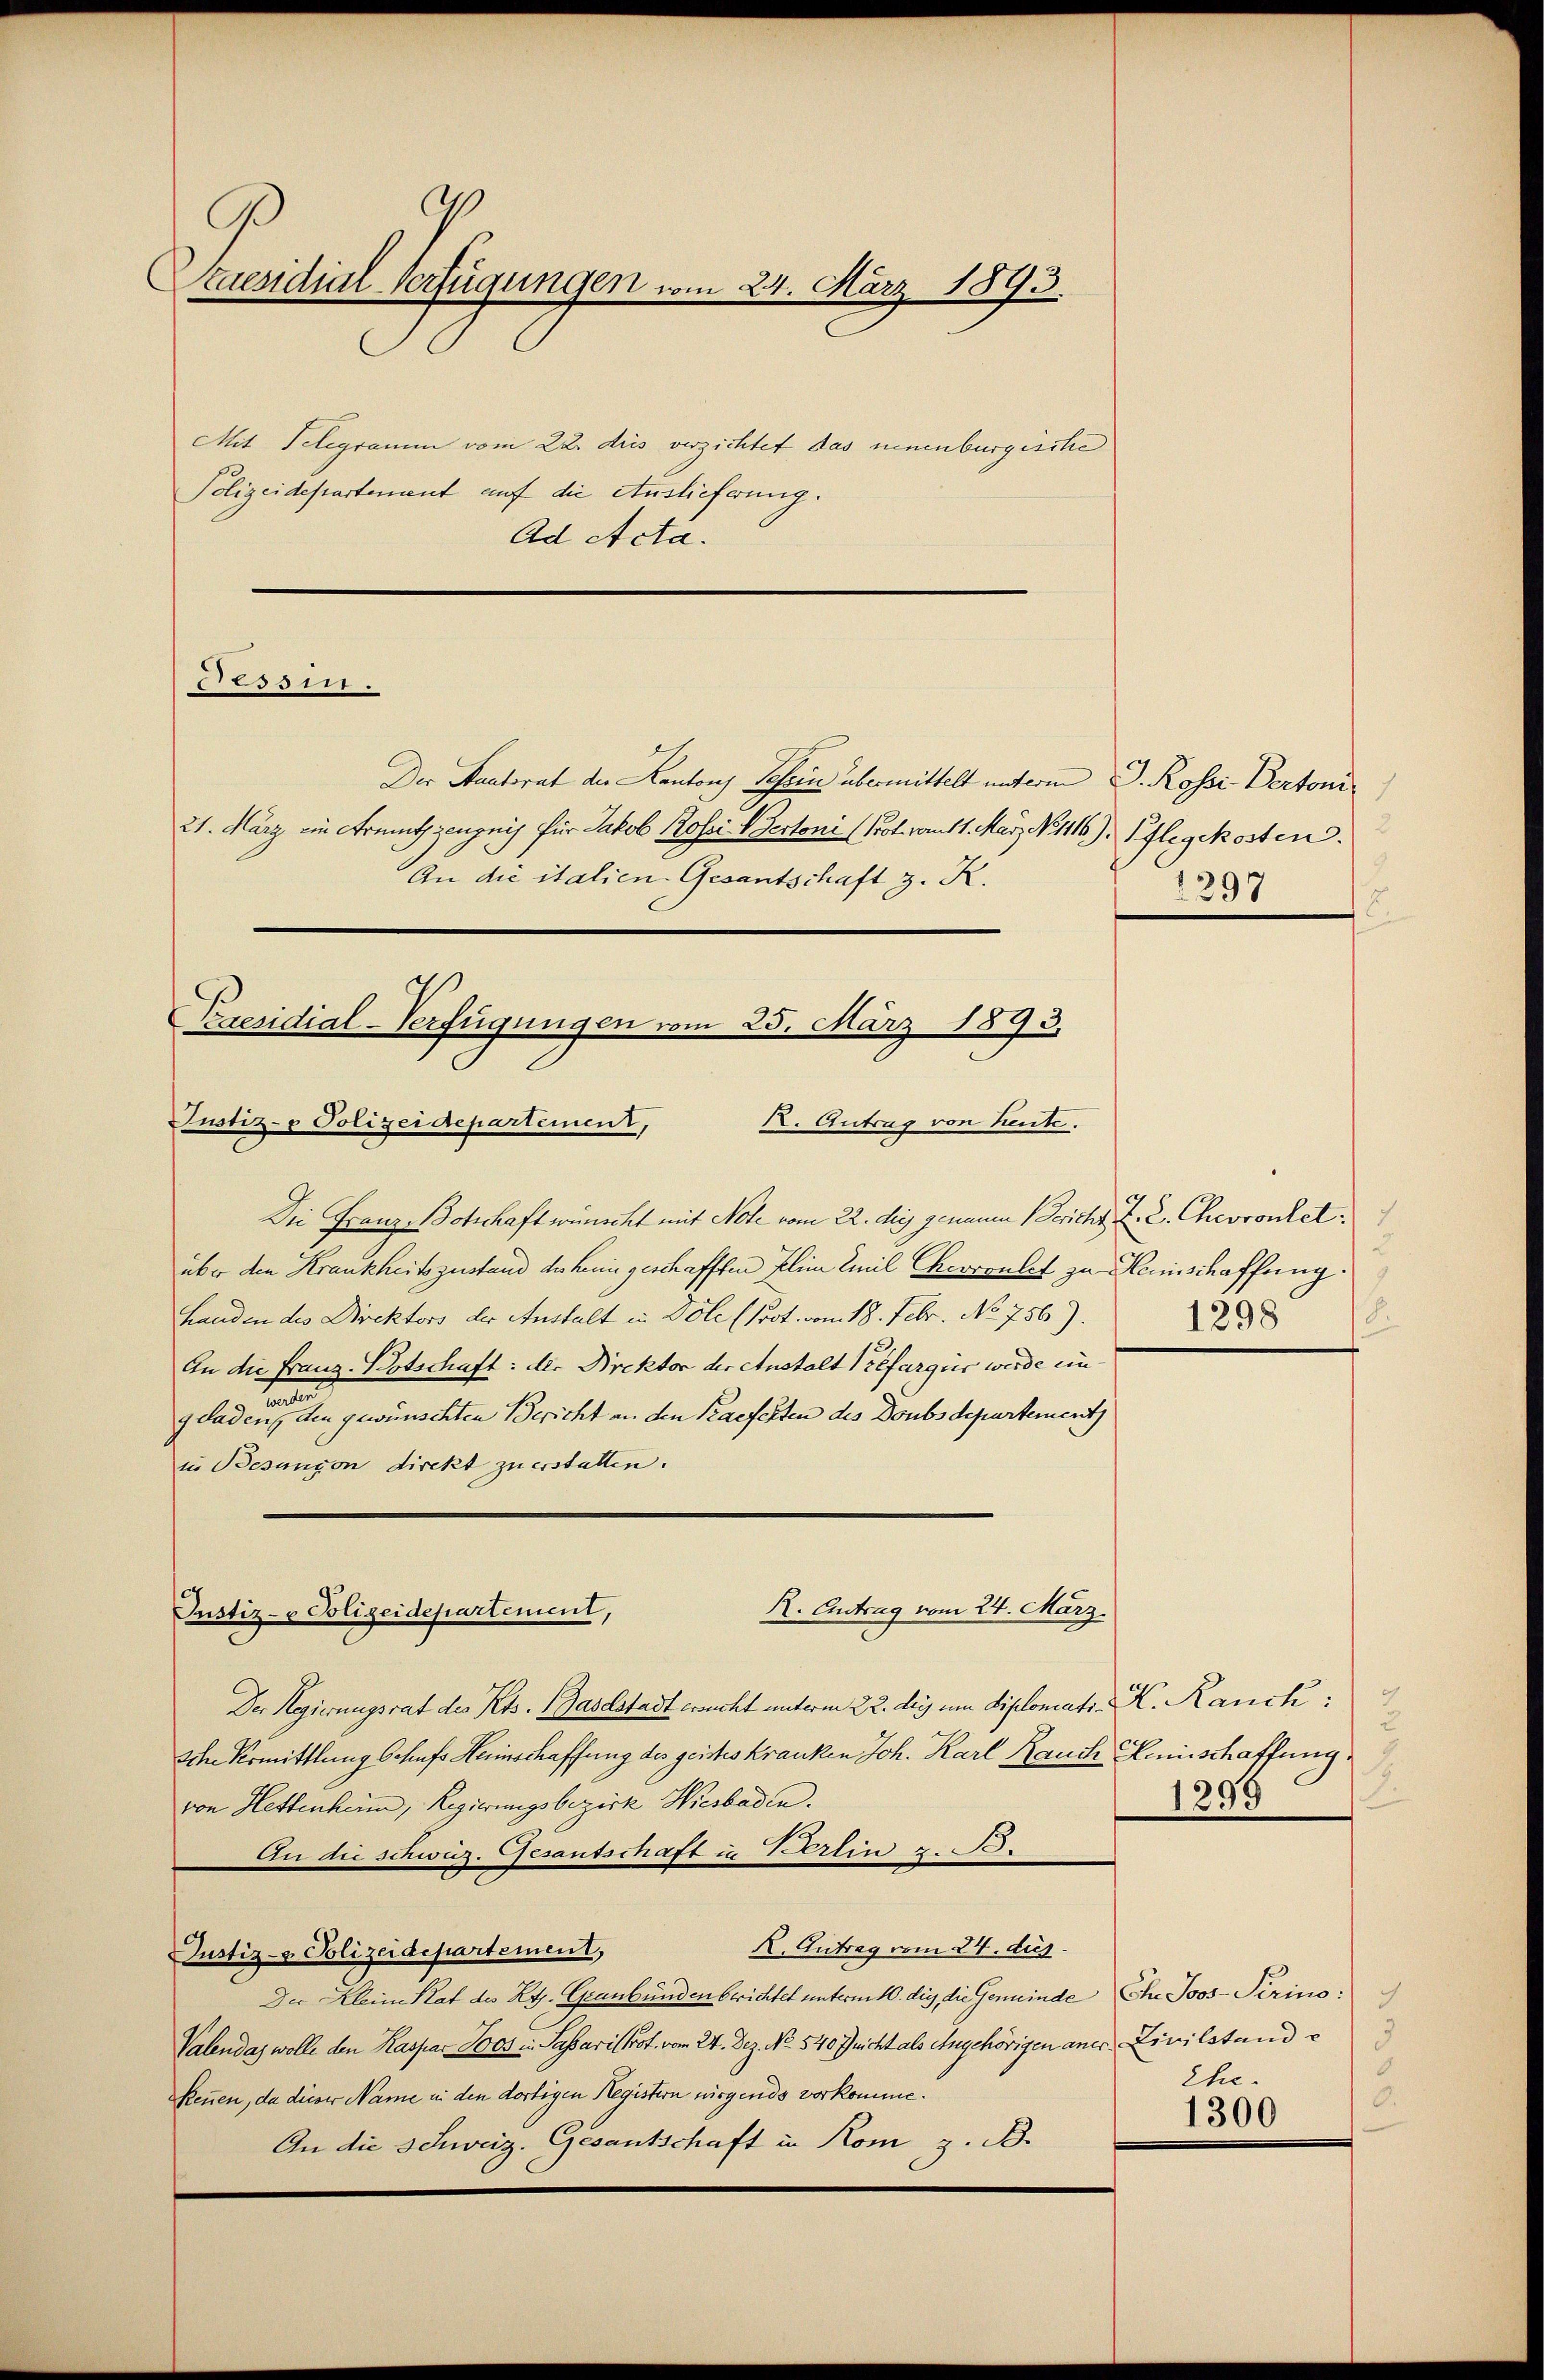
Praesidial-Verfügungen vom 24. März 1893.

Mit Telegramm vom 22. dies verzichtet das neuenburgische
Polizeidepartement auf die Auslieferung.
Ad Acta.

Tessin.

Der Staatsrat der Kantons Schein übermittelt unterm D. Rossi Pertoni
21. März ein Armutszeugnis für Jakob Rosei- Vertoni (Prot. ratt. Maÿ, N. 116), Pflegekosten.
An die italien-Gesantschaft z. K.

Presidial-Verfügungen vom 25. März 1893.
Justiz- & Polizeidepartement,
K. Antrag von heute.

Die Franz Botschaft wünscht mit Note vom 22. die gemann Bericht Z. 2. Chevrontetüber den Krankheitszustand der keine geschafften Elim Emil Cherronlet zu Heinschaffung
handen des Direktors der Anstalt in Dole (Prot. vom 18. Febr. No 756).
An die Franz-Botschaft: der Direktor der Anstalt refargir werde einaten
geladen, den gewünschten Bericht an den Praefesten des Doubs departement
in Besungen direkt zu erstatten.

R. Eintrag vom 24. März.
Justiz- & Polizeidepartement,

Der Regierungsrat des Kts. Baselstadt ersucht unterm 22. des um diplomatr. K. Rauck;
Iche Komittlung schufs Heinschaffung des geistes kranken Joh. Karl Rauch Heinschaffung
von Hettenheim, Regierungsbezirk Hiesbaden.
An die schwaz. Gesantschaft in Vertin z. B.
K. Antrag vom 24. dus.
Justiz- & Polizeidepartement,
Der Klein Rat des Kts. Graubünden berichtet unterm 10. die, die Gemeinde Ehe Joos-Sirino:
Valendas wolle den Kaspar Loos in Sassaris Prof. vom 24. Dez. No. 540 Jucht als Angehörigen aner Civilstande
Reuen, da dieser Name in den dortigen Registern nirgends vorkomme.
An die Schweiz. Gesantschaft in Rom z. B.

2
1297
.

c
1298 (8

.
1299

3
8
Ehe.
0.

1300